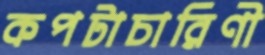
কপটাচারিণী